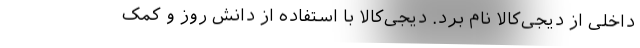
داخلی از دیجی‌کالا نام برد. دیجی‌کالا با استفاده از دانش روز و کمک